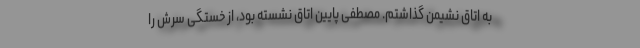
به اتاق نشیمن گذاشتم. مصطفی پایین اتاق نشسته بود، از خستگی سرش را